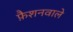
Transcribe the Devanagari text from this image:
फै़शनवाले